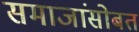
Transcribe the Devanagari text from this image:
समाजांसोबत